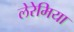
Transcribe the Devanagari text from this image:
लेरेमिया